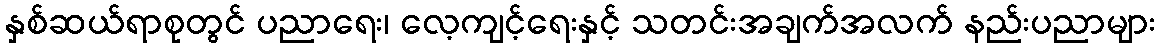
နှစ်ဆယ်ရာစုတွင် ပညာရေး၊ လေ့ကျင့်ရေးနှင့် သတင်းအချက်အလက် နည်းပညာများ